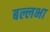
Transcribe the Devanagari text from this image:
बल्लभा